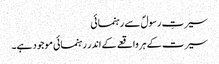
سیرتِ رسولؐ سے رہنمائی
سیرت کے ہر واقعے کے اندر رہنمائی موجود ہے۔